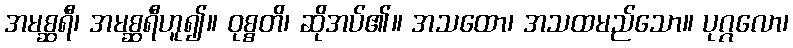
အမစ္ဆရီ၊ အမစ္ဆရီဟူ၍။ ဝုစ္စတိ၊ ဆိုအပ်၏။ အသထော၊ အသထမည်သော။ ပုဂ္ဂလော၊